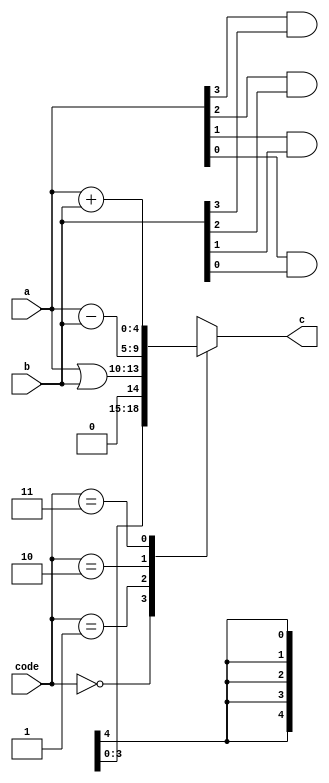
/*
The following drivers conflict:
line 23,26,27,28
line 33
*/
module alutask(code,a,b,c);
input[1:0] code;
input[3:0] a,b;
output[4:0] c;
reg[4:0] c;
integer i;
task my_and; //
input[3:0] a,b; //a,b,out task 
output[4:0] out;
begin
for(i=3;i>=0;i=i-1)
out[i]=a[i]&b[i]; //
end
endtask
always@(code or a or b)
begin
case(code)
2'b00: my_and(a,b,c);
/* my_anda,b,c
a,b,out */
2'b01: c=a|b; //
2'b10: c=a-b; //
2'b11: c=a+b; //
endcase
end
always@(*)
for (i=0; i<5; i=i+1)
c[i]=a[i]&b[i];
endmodule